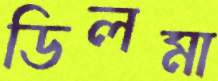
ডিলমা